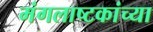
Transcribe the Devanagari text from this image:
मंगलाष्टकांच्या